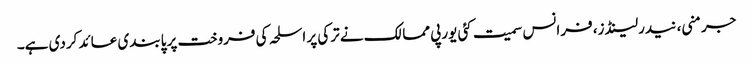
جرمنی، نیدرلینڈز، فرانس سمیت کئی یورپی ممالک نے ترکی پر اسلحہ کی فروخت پر پابندی عائد کردی ہے۔